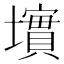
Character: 𱘏